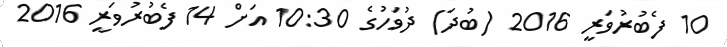
10 ފެބުރުވަރީ 2016 (ބުދަ) ދުވަހުގެ 10:30 އަށް 14 ފެބުރުވަރީ 2016